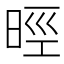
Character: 𣇁